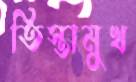
তিস্তামুখ